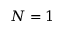
N = 1